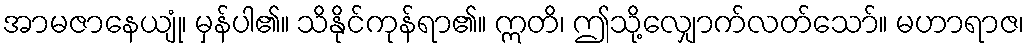
အာမဇာနေယျုံ၊ မှန်ပါ၏။ သိနိုင်ကုန်ရာ၏။ ဣတိ၊ ဤသို့လျှောက်လတ်သော်။ မဟာရာဇ၊